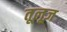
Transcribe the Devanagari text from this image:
तूलूज़